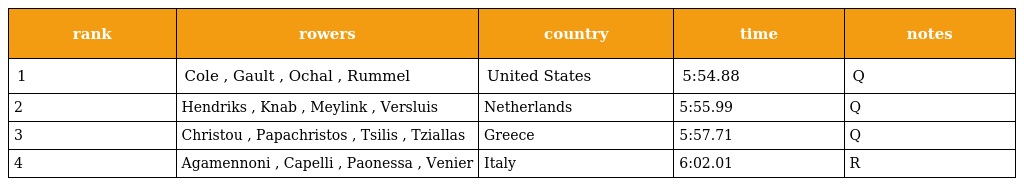
| rank | rowers | country | time | notes |
 | --- | --- | --- | --- | --- |
 | 1 | Cole , Gault , Ochal , Rummel | United States | 5:54.88 | Q |
 | 2 | Hendriks , Knab , Meylink , Versluis | Netherlands | 5:55.99 | Q |
 | 3 | Christou , Papachristos , Tsilis , Tziallas | Greece | 5:57.71 | Q |
 | 4 | Agamennoni , Capelli , Paonessa , Venier | Italy | 6:02.01 | R |